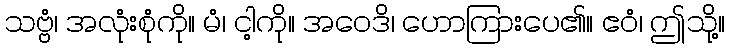
သဗ္ဗံ၊ အလုံးစုံကို။ မံ၊ ငါ့ကို။ အဝေဒိ၊ ဟောကြားပေ၏။ ဧဝံ၊ ဤသို့။